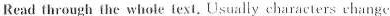
Read through the whole text. UUsualiy characters ehange